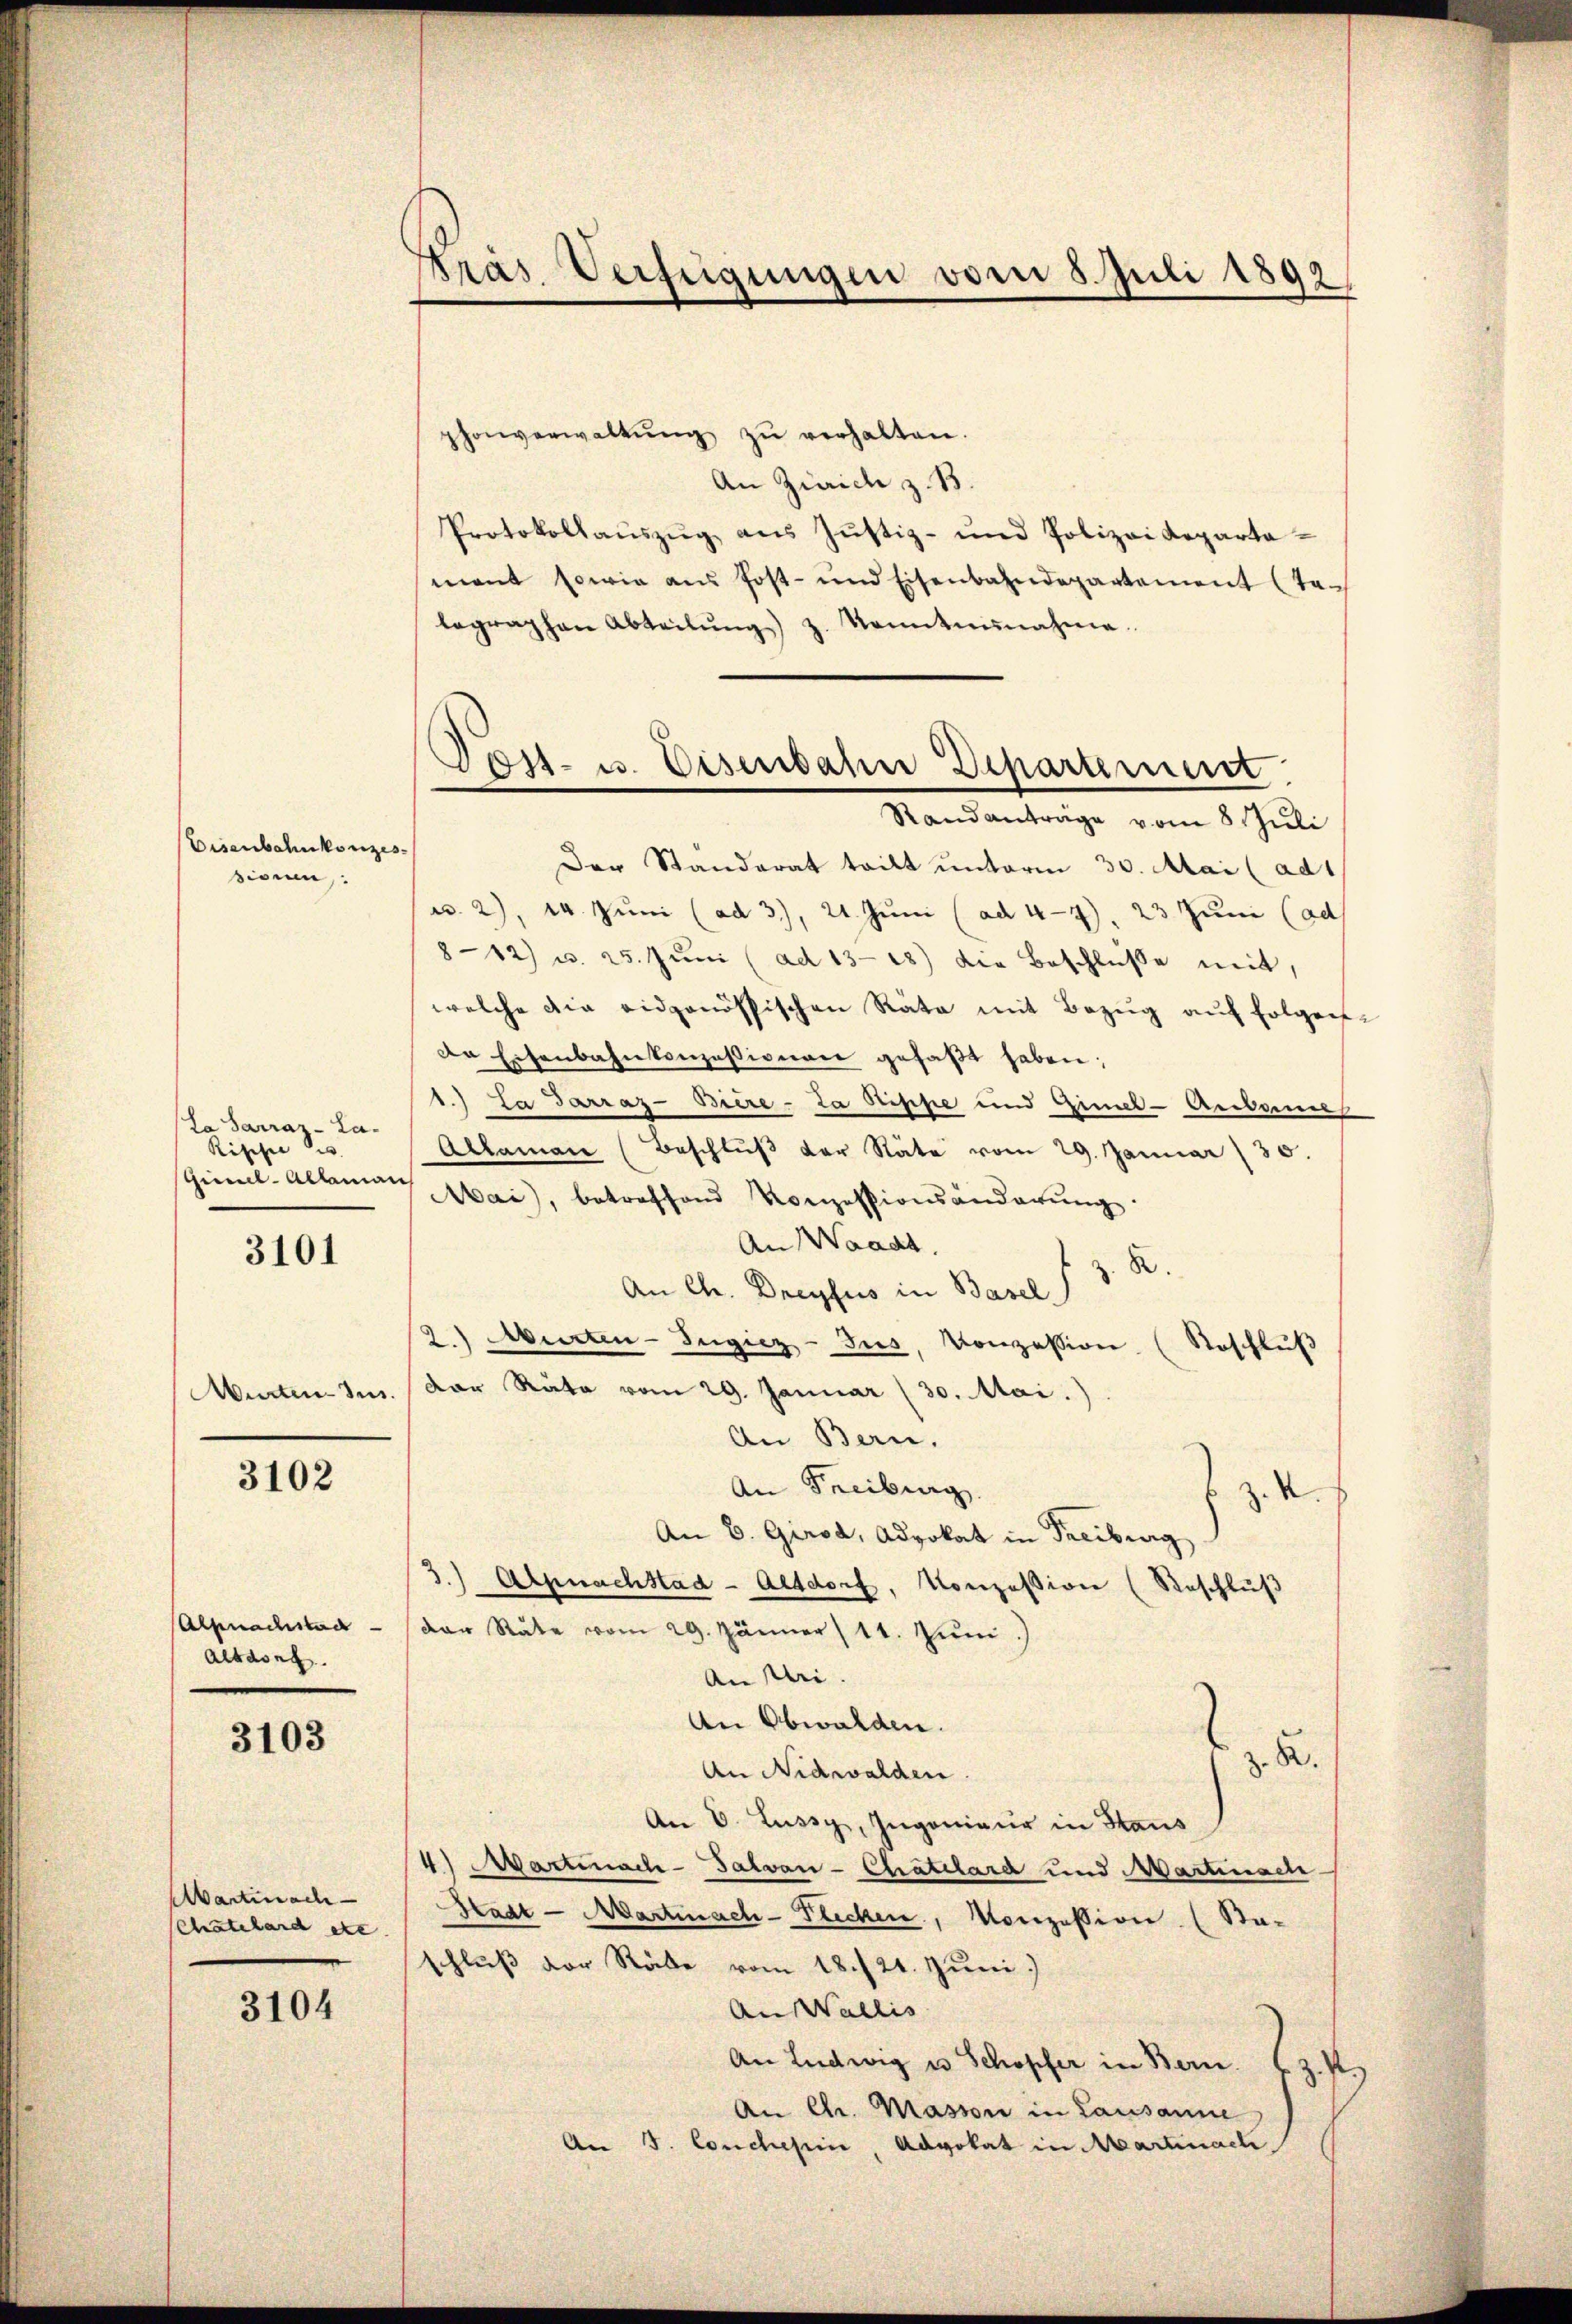
Eisenbahnkonzer
sionen,

La Sarraz- La¬
Rische u.
Gimel-Allamans

3101

Murten Jus

3102

Alsnachstag
Altdorf

3103

Aartinach
Chatelard etc.

3104

träs. Verfügungen vom 8. Juli 1892

.

shonverwaltŭng zŭ verhalten.
An Zürich z. B.
Protokollaŭszŭg aŭs Jŭstiz- und Polizei Reparta-
mant sowie aus Post- und Eisenbahndepartement (te-
legraphen Abteilŭng z. Kenntnisnahme.
Der Standerat tritt unterm 30. Mai (ad1
a. 2), 14. Juni (ad 3), 21. Juni (ad 47). 23 Juni (ad
8-12) u. 25. Jŭni (ad 1328) Die Beschlüße mit,
welche die eidgenössischen Rata mit Bezŭg aŭf folgen-
da Eisenbahnkonzessionen gefaβt haben;
1.) La Jarraz-Bière-La Sippe und Zimmel-Aubanne
Aclamar (Beschlŭβ der State vom 29. Januar 30.
Mai, betreffend Konzessionsänderŭng.
An Waadt,
8.
An Chr. Dreyfus in Basel
2.) Murten-Ingiez-Jus, Konzession. (Geschlŭβ
Dar Rata vom 29. Januar (30. Mai.
An Bern.
An Freiburg.
Z. V.
An 6. Girod, Advokat in Freiburg
3.) Alpnachstad-Altdorf, Konzession (Beschlŭβ
dar Rate vom 29. Jänner 11. Juni,
An sei.
An Obwalden.
B.
An Nidwalden.
An V. Lussy, Ingenieur in Haus
4) Martinach-Talvan - Chätelard und Martinsch
Stadt Martinach-Flecken, Konzession. (Sta-
schluß der Räte vom 18./21. Juni.)
Aus Wallis
An Ludwig u Schopfer in Bern.
P
An Chr. Masson in Lausanne
An J. Conclusum Advokat in Martinach

Post- u. Eisenbahn Departement.
Randanträge vom 8 Juli